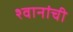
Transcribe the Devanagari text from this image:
श्वानांची